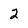
Character: 2